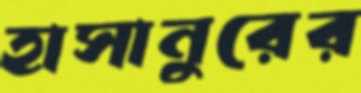
হাসানুরের